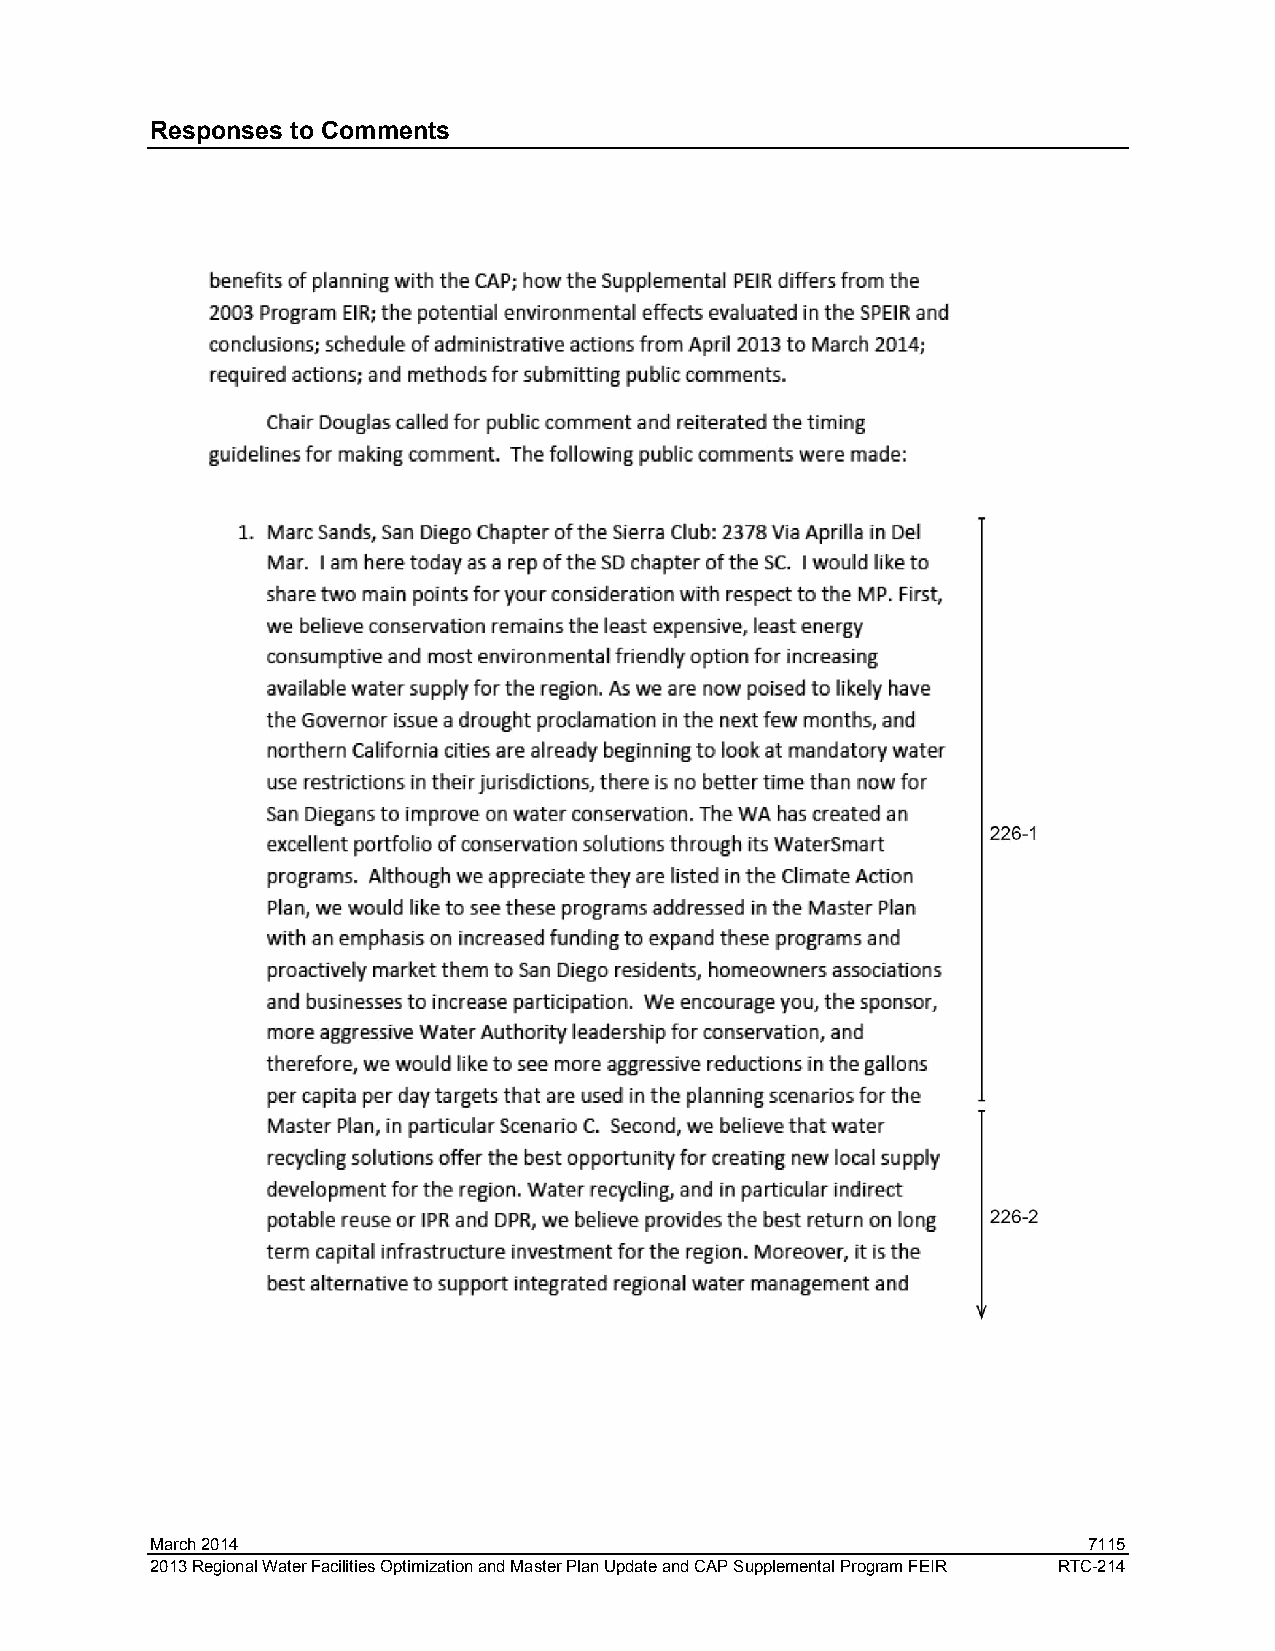
Responses to Comments
 March 2014                                                    7115
 2013 Regional Water Facilities Optimization and Master Plan Update and CAP Supplemental Program FEIR RTC-214